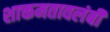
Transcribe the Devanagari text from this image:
शाक्तमतावलंबी